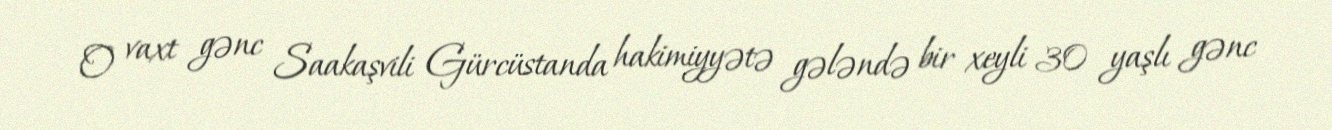
O vaxt gənc Saakaşvili Gürcüstanda hakimiyyətə gələndə bir xeyli 30 yaşlı gənc